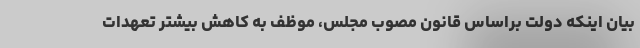
بیان اینکه دولت براساس قانون مصوب مجلس، موظف به کاهش بیشتر تعهدات